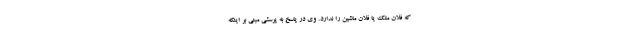
که فلان ملک یا فلان ماشین را ندارد. وی در پاسخ به پرسشی مبنی بر اینکه